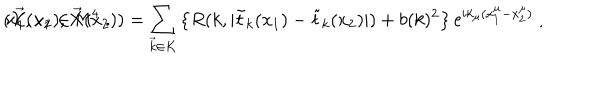
( \vec { X } ( x _ { 1 } ) , \vec { X } ( x _ { 2 } ) ) = \sum _ { \vec { k } \in K } \left\{ R ( k , | \tilde { t } _ { k } ( x _ { 1 } ) - \tilde { t } _ { k } ( x _ { 2 } ) | ) + b ( k ) ^ { 2 } \right\} \mathrm { e } ^ { i k _ { \mu } ( x _ { 1 } ^ { \mu } - x _ { 2 } ^ { \mu } ) } \; , \hspace { 1 c m } x _ { 1 } , x _ { 2 } \in { \sf M } ^ { 4 } \; .